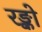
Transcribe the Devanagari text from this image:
रङ्को